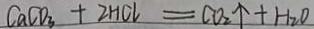
C a C O _ { 3 } + 2 H C l = C O _ { 2 } \uparrow + H _ { 2 } O